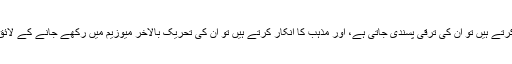
وہ مذہب کا اقرار کرتے ہیں تو ان کی ترقی پسندی جاتی ہے، اور مذہب کا انکار کرتے ہیں تو ان کی تحریک بالآخر میوزیم میں رکھے جانے کے لائق چیز بن جاتی ہے۔